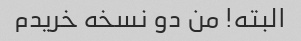
البته! من دو نسخه خریدم